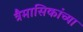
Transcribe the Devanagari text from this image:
त्रैमासिकांच्या